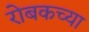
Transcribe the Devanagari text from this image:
रोबकच्या